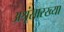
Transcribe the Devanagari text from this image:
अश्रूंसारख्या